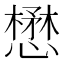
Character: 懋